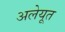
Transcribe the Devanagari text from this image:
अलेयूत